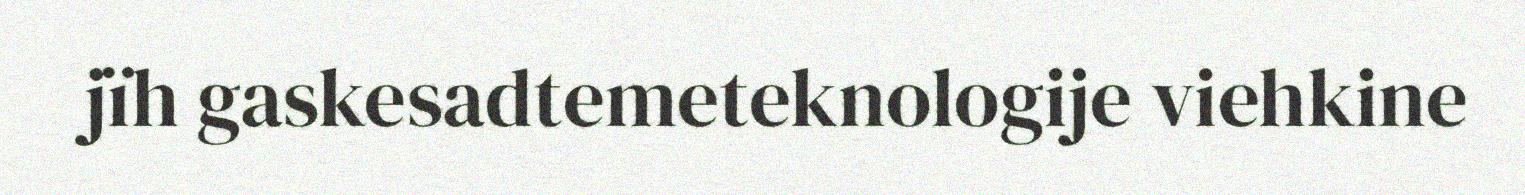
jïh gaskesadtemeteknologije viehkine